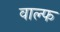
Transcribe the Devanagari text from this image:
वाल्फ